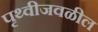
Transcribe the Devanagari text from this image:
पृथ्वीजवळील